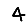
Digit: 4